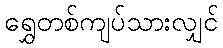
ရွှေတစ်ကျပ်သားလျှင်